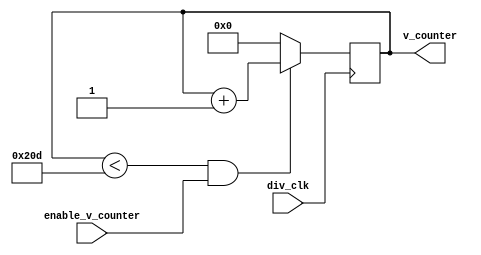
module vertical_counter(div_clk, enable_v_counter, v_counter);
    input div_clk, enable_v_counter;
    output reg [10:0] v_counter;

    always@(posedge div_clk)
    begin
        if(v_counter < 525 && enable_v_counter == 1) v_counter <= v_counter + 1;
        else v_counter <= 0;
    end
endmodule